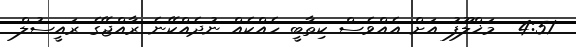
4:51  މަޚްލޫފު އަށް އެއްވެސް ކިތާބީ ހެއްކެއް ނުދެއްކޭނެ ރާއްޖޭގެ ރައީސުލް